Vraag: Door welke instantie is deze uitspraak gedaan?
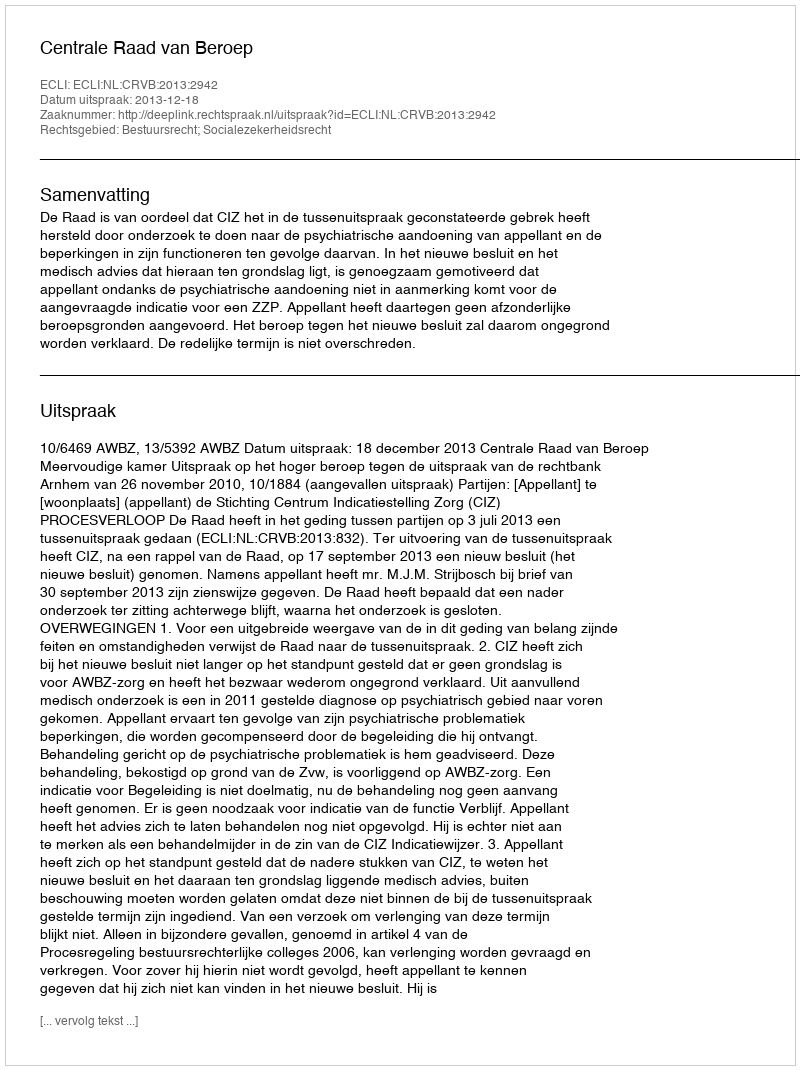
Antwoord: Centrale Raad van Beroep